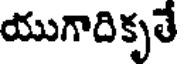
యుగాదికృతే